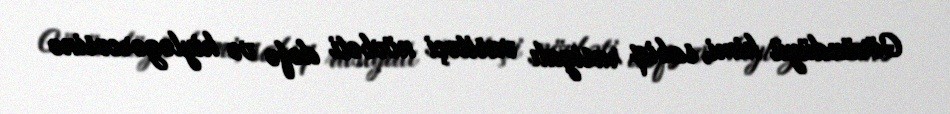
Göründüyü kimi, sabiq rusiyalı vasitəçi növbəti dəfə və hiyləgərcəsinə